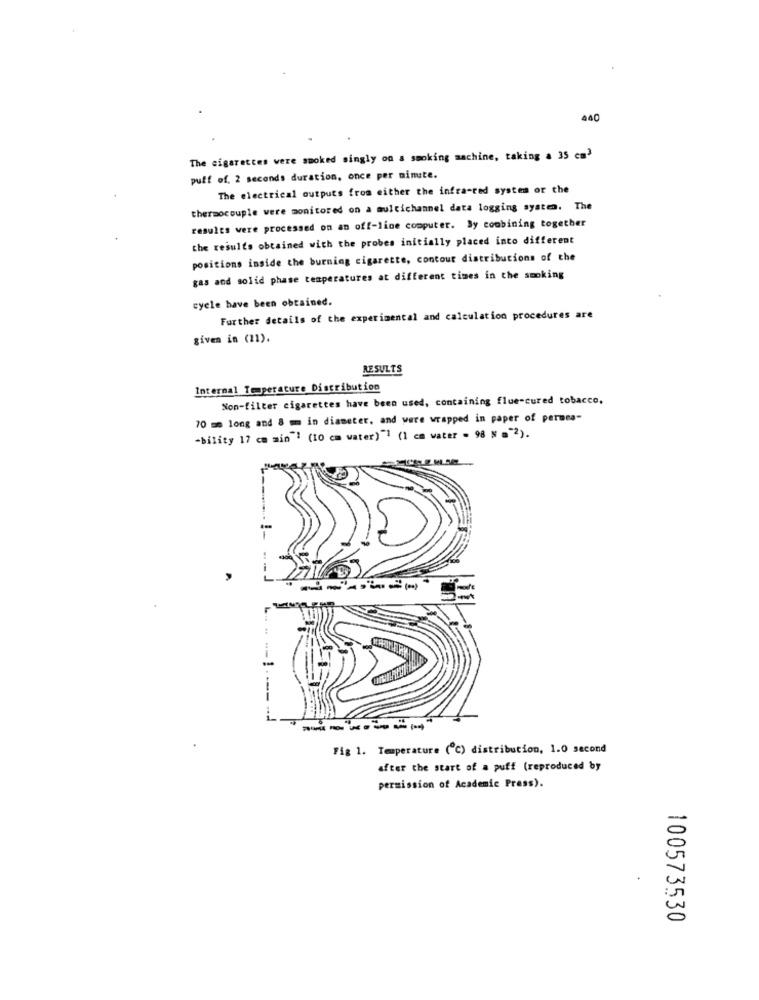
440
The cigarettes were smoked singly on a smoking machine, taking a 35 cm3
puff of. 2 seconds duration, once per minute.
The electrical outputs from either the infra-red systen or the
thermocouple were monitored on a multichannel data logging system. The
results were processed on an off-line computer. By combining together
the results obtained with the probes initially placed into different
positions inside the burning cigarette, contour distributions of the
gas and solid phase temperatures at different times in the smoking
cycle have been obtained.
Further details of the experimental and calculation procedures are
given in (11).
RESULTS
Internal Temperature Distribution
Non-filter cigarettes have been used, containing flue-cured tobacco.
70 mm long and 8 mm in diameter, and were wrapped in paper of permea-
-bility 17 cm min' (10 cm water ) " (lca vater - 98 x ="2).
---
-------
Fig 1. Temperature (℃) distribution, 1.0 second
after the start of a puff (reproduced by
permission of Academic Press).
100573530